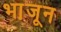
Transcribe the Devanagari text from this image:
भा़जून